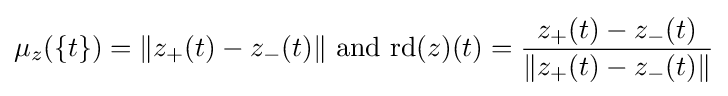
\mu _{z}(\{t\})=\|z_{+}(t)-z_{-}(t)\|{\mbox{ and }}\mathrm {rd} (z)(t)={\frac {z_{+}(t)-z_{-}(t)}{\|z_{+}(t)-z_{-}(t)\|}}